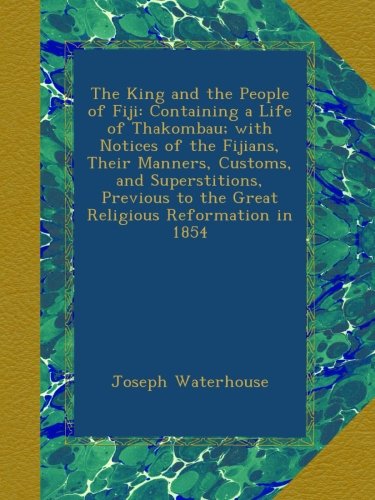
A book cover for The King and the People of Fiji: Containing a Life of Thakombau; with Notices of the Fijians, Their Manners, Customs, and Superstitions, Previous to the Great Religious Reformation in 1854; Joseph Waterhouse; History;